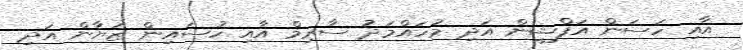
އާއި ހަސަން އަފްޝީން އަދި މުހައްމަދު ސާރިމް އާއި ހުސައިން ޒަޔާން އަދި